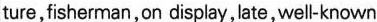
ture,fisherman,on display,late,well-known